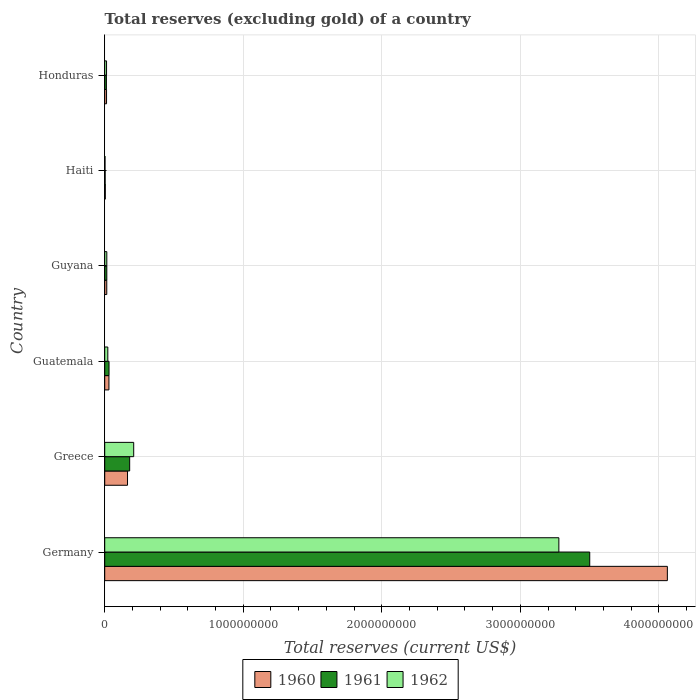
| Country | 1960 | 1961 | 1962 |
 | --- | --- | --- | --- |
 | Germany | 4.06e+09 | 3.5e+09 | 3.28e+09 |
 | Greece | 1.65e+08 | 1.8e+08 | 2.09e+08 |
 | Guatemala | 3.05e+07 | 3.12e+07 | 2.23e+07 |
 | Guyana | 1.47e+07 | 1.51e+07 | 1.51e+07 |
 | Haiti | 4.3e+06 | 3e+06 | 2.2e+06 |
 | Honduras | 1.32e+07 | 1.22e+07 | 1.32e+07 |